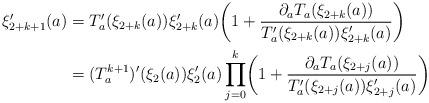
LaTeX: \begin{align*} \xi_{2+k+1}'(a) &= T_a'(\xi_{2+k}(a)) \xi_{2+k}'(a) \biggl(1 + \frac{ \partial_a T_a(\xi_{2+k}(a))} {T_a'(\xi_{2+k}(a)) \xi_{2+k}'(a)} \biggr) \\ &= (T_a^{k+1})'(\xi_2(a)) \xi_2'(a) \prod_{j=0}^k \biggl(1+\frac{\partial_a T_a(\xi_{2+j}(a)) }{T_a'(\xi_{2+j}(a)) \xi_{2+j}'(a) } \biggr) \end{align*}